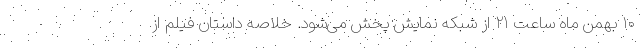
۱۰ بهمن ماه ساعت ۲۱ از شبکه نمایش پخش می‌شود. خلاصه داستان فیلم از